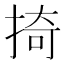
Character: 掎